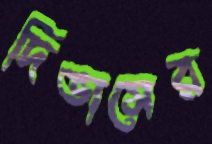
দিভাসের